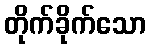
တိုက်ခိုက်သော